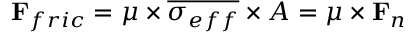
\mathbf { F } _ { f r i c } = \mu \times \overline { { \sigma _ { e f f } } } \times A = \mu \times \mathbf { F } _ { n }